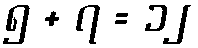
၅ + ၇ = ၁၂